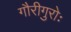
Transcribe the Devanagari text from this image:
गौरीगुरोः